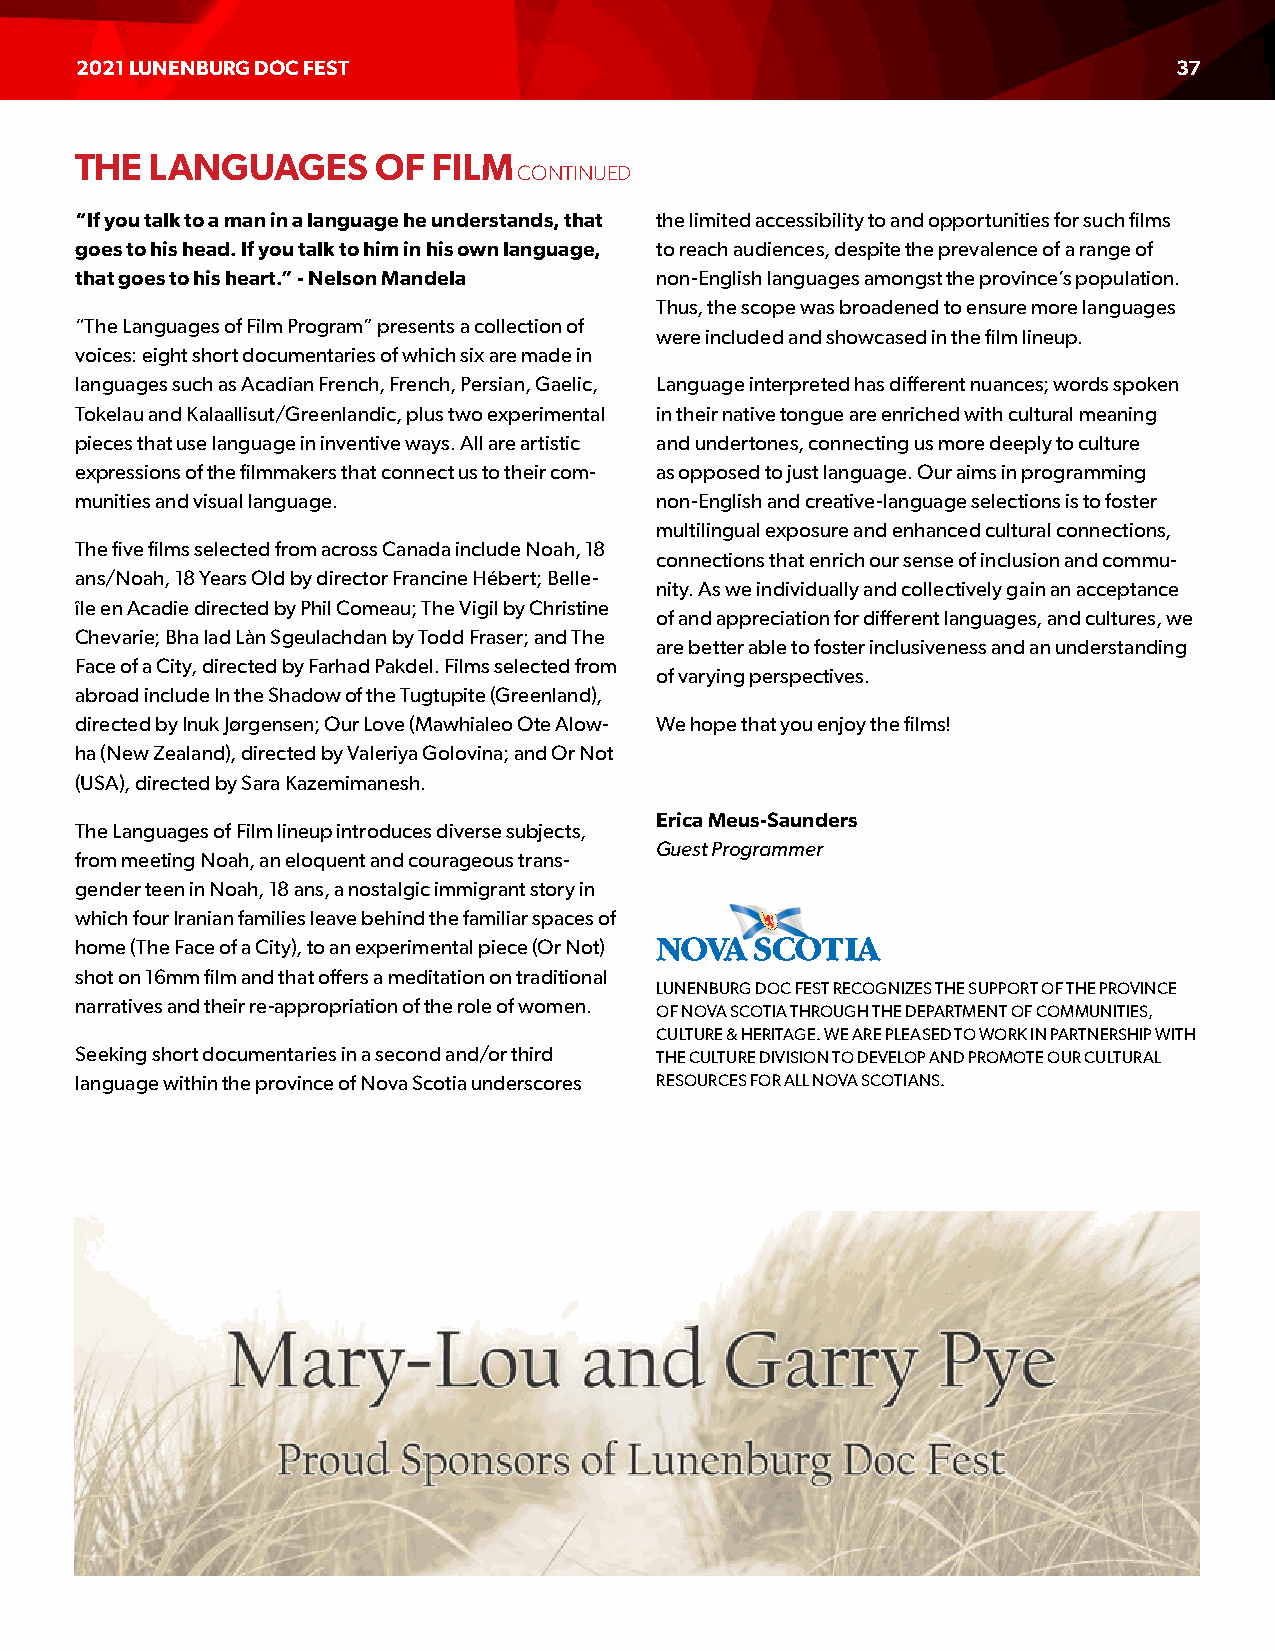
2021 LUNENBURG DOC FEST                                                  37
 THE  LANGUAGES      OF  FILM
 CONTINUED
 “If you talk to a man in a language he understands, that the limited accessibility to and opportunities for such films
 goes to his head. If you talk to him in his own language, to reach audiences, despite the prevalence of a range of
 that goes to his heart.” - Nelson Mandela non-English languages amongst the province’s population.
 Thus, the scope was broadened to ensure more languages
 “The Languages of Film Program” presents a collection of
 were included and showcased in the film lineup.
 voices: eight short documentaries of which six are made in
 languages such as Acadian French, French, Persian, Gaelic, Language interpreted has different nuances; words spoken
 Tokelau and Kalaallisut/Greenlandic, plus two experimental in their native tongue are enriched with cultural meaning
 pieces that use language in inventive ways. All are artistic and undertones, connecting us more deeply to culture
 expressions of the filmmakers that connect us to their com- as opposed to just language. Our aims in programming
 munities and visual language.         non-English and creative-language selections is to foster
 multilingual exposure and enhanced cultural connections,
 The five films selected from across Canada include Noah, 18
 connections that enrich our sense of inclusion and commu-
 ans/Noah, 18 Years Old by director Francine Hébert; Belle-
 nity. As we individually and collectively gain an acceptance
 île en Acadie directed by Phil Comeau; The Vigil by Christine
 of and appreciation for different languages, and cultures, we
 Chevarie; Bha Iad Làn Sgeulachdan by Todd Fraser; and The
 are better able to foster inclusiveness and an understanding
 Face of a City, directed by Farhad Pakdel. Films selected from
 of varying perspectives.
 abroad include In the Shadow of the Tugtupite (Greenland),
 directed by Inuk Jørgensen; Our Love (Mawhialeo Ote Alow- We hope that you enjoy the films!
 ha (New Zealand), directed by Valeriya Golovina; and Or Not
 (USA), directed by Sara Kazemimanesh.
 Erica Meus-Saunders
 The Languages of Film lineup introduces diverse subjects,
 Guest Programmer
 from meeting Noah, an eloquent and courageous trans-
 gender teen in Noah, 18 ans, a nostalgic immigrant story in
 which four Iranian families leave behind the familiar spaces of
 home (The Face of a City), to an experimental piece (Or Not)
 shot on 16mm film and that offers a meditation on traditional
 LUNENBURG DOC FEST RECOGNIZES THE SUPPORT OF THE PROVINCE
 narratives and their re-appropriation of the role of women.
 OF NOVA SCOTIA THROUGH THE DEPARTMENT OF COMMUNITIES,
 CULTURE & HERITAGE. WE ARE PLEASED TO WORK IN PARTNERSHIP WITH
 Seeking short documentaries in a second and/or third THE CULTURE DIVISION TO DEVELOP AND PROMOTE OUR CULTURAL
 language within the province of Nova Scotia underscores RESOURCES FOR ALL NOVA SCOTIANS.